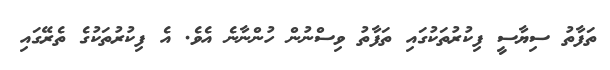
ތަފާތު ސިޔާސީ ފިކުރުތަކުގައި ތަފާތު ވިސްނުން ހުންނާނެ އެވެ. އެ ފިކުރުތަކުގެ ތެރޭގައި